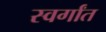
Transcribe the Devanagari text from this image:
स्वर्गांत